Lunatic asylums Central Provinces reports 1910-1926 - 1910-1926
Year: 1910
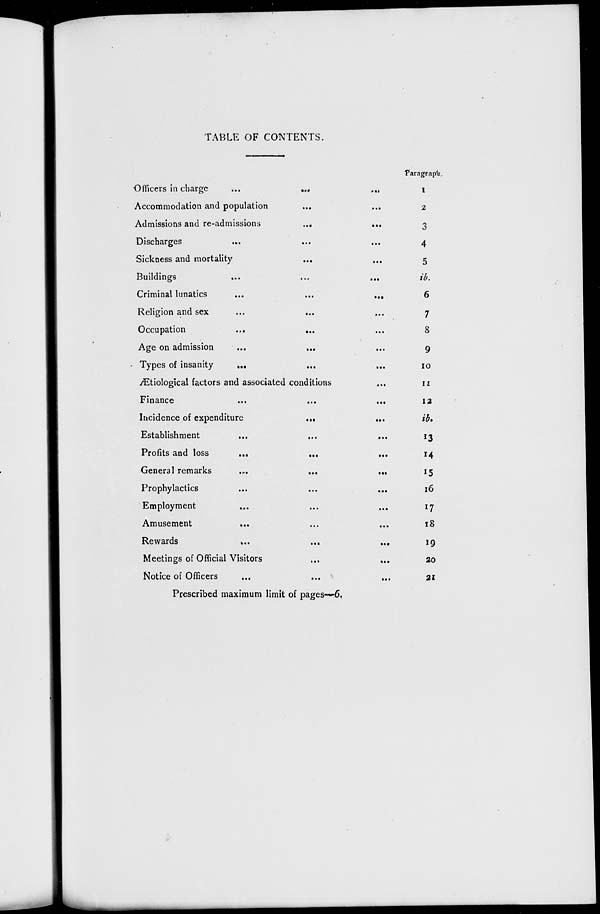
TABLE OF CONTENTS.
Officers in charge
...
...
...
Accommodation and population ... ...
Admissions and re-admissions
...
...
Discharges ... ... ...
Sickness and mortality ... ...
Buildings
...
...
...
Criminal lunatics
...
...
...
Religion and sex
...
... ...
Occupation
...
...
...
Age on admission ... ... ...
Types of insanity ... ... ...
Ætiological factors and associated conditions ...
Finance ... ... ...
Incidence of expenditure
...
...
Establishment
...
...
...
Profits and loss ... ... ...
General remarks
...
...
...
Prophylactics ... ... ...
Employment ... ... ...
Amusement ... ... ...
Rewards
...
...
...
Meetings of Official Visitors
...
...
Notice of Officers
...
...
...
Paragraph
1
2
3
4
5
ib.
6
7
8
9
10
11
12
ib.
13
14
15
16
17
18
19
20
21
Prescribed maximum limit of pages—6.